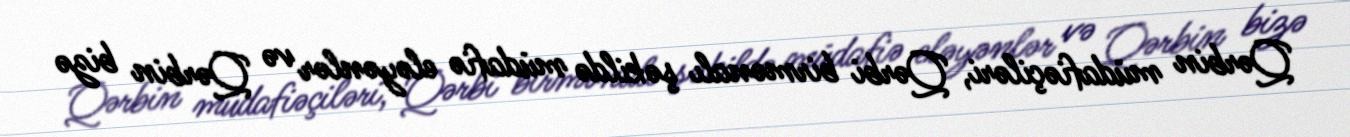
Qərbin müdafiəçiləri, Qərbi birmənalı şəkildə müdafiə eləyənlər və Qərbin bizə